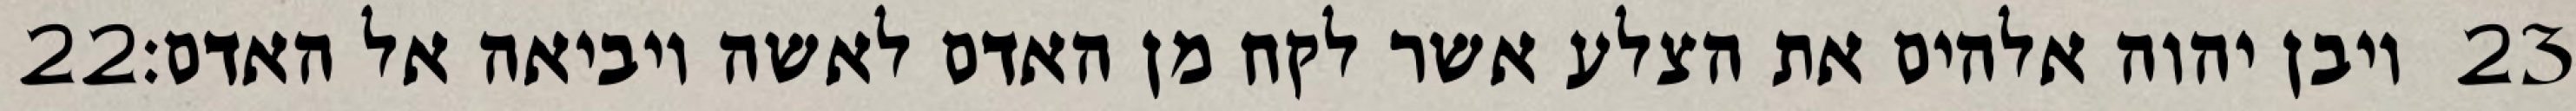
‎22‏ ויבן יהוה אלהים את הצלע אשר לקח מן האדם לאשה ויביאה אל האדם׃ ‎23‏